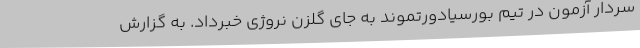
سردار آزمون در تیم بورسیادورتموند به جای گلزن نروژی خبرداد. به گزارش